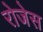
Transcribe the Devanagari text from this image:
रोजेस